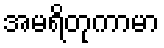
အမရိတုကာမာ